Document type: Dowry acquittance
Year: 1427
Scribe: Pere Tarafa
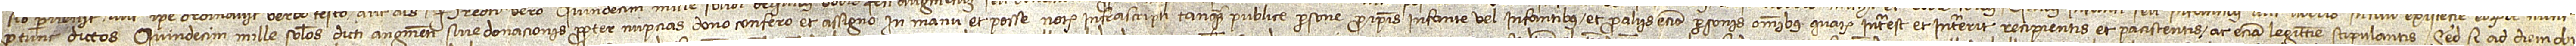
protunc dictos quindecim mille solidos dicti augmenti sive donacionis propter nupcias dono, confero et assigno in manu et posse notarii infrascripti tanquam publice persone pro ipsis infante vel infantibus et pro aliis etiam personis omnibus quarum interest et intererit recipientis et paciscentis ac etiam legittime stipulantis. Sed si ad diem obi-